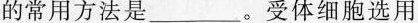
的常用方法是___。受体细胞选用